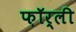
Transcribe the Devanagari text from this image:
फ़ॉर्ली